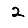
Digit: 2